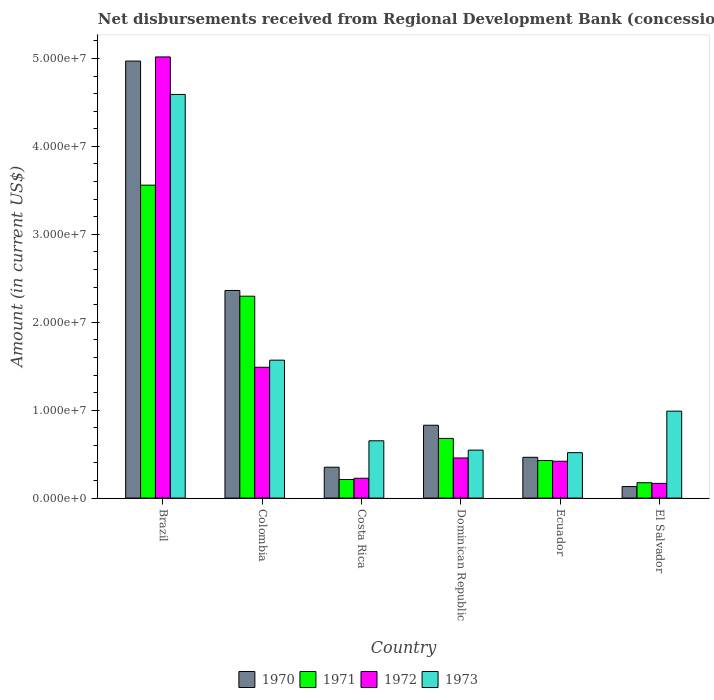
| Country | 1970 | 1971 | 1972 | 1973 |
 | --- | --- | --- | --- | --- |
 | Brazil | 4.97e+07 | 3.56e+07 | 5.02e+07 | 4.59e+07 |
 | Colombia | 2.36e+07 | 2.3e+07 | 1.49e+07 | 1.57e+07 |
 | Costa Rica | 3.51e+06 | 2.12e+06 | 2.26e+06 | 6.52e+06 |
 | Dominican Republic | 8.29e+06 | 6.79e+06 | 4.56e+06 | 5.46e+06 |
 | Ecuador | 4.64e+06 | 4.27e+06 | 4.19e+06 | 5.17e+06 |
 | El Salvador | 1.31e+06 | 1.75e+06 | 1.67e+06 | 9.89e+06 |